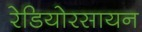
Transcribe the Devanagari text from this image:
रेडियोरसायन